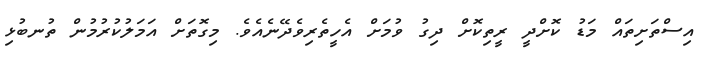
އިސްތަށިތައް މަޑު ކޮށްދީ ރީތިކޮށް ދިގު ވުމަށް އެހީތެރިވެދޭނެއެވެ. މިގޮތަށް އަމަލުކުރުމުން ތުނބުޅި